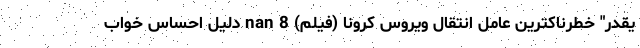
یقدر" خطرناکترین عامل انتقال ویروس کرونا (فیلم) nan 8 دلیل احساس خواب